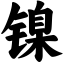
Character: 镍